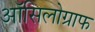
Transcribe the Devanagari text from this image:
ऑसिलोग्राफ